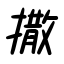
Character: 撒